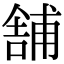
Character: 舗